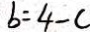
b = 4 - c